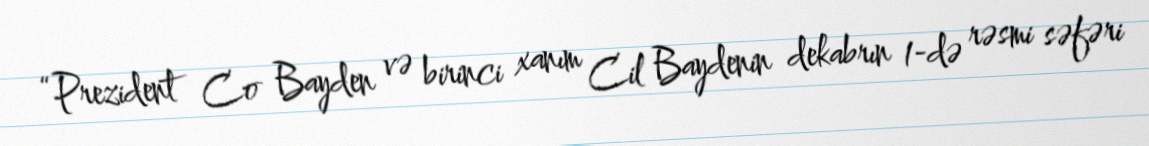
“Prezident Co Bayden və birinci xanım Cil Baydenin dekabrın 1-də rəsmi səfəri